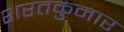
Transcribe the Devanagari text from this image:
शरतकुमार